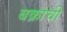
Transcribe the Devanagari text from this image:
बक्राची